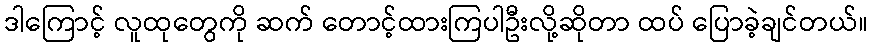
ဒါကြောင့် လူထုတွေကို ဆက် တောင့်ထားကြပါဦးလို့ဆိုတာ ထပ် ပြောခဲ့ချင်တယ်။